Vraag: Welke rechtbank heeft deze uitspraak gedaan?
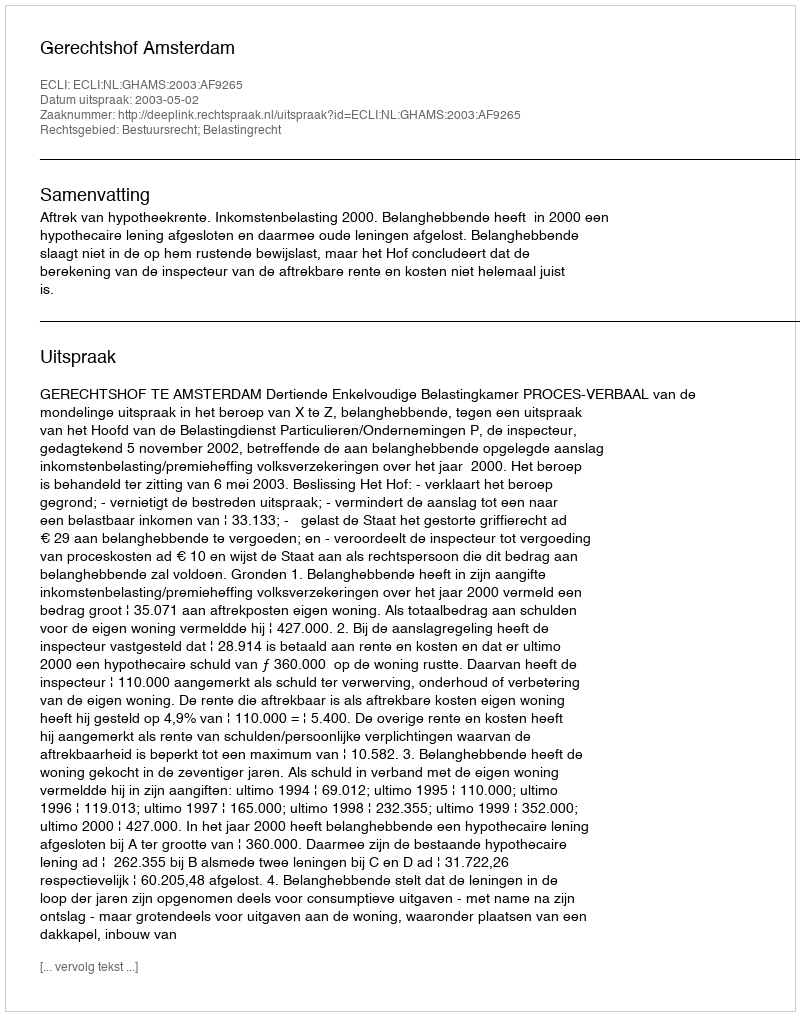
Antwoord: Gerechtshof Amsterdam